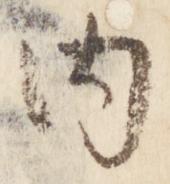
内